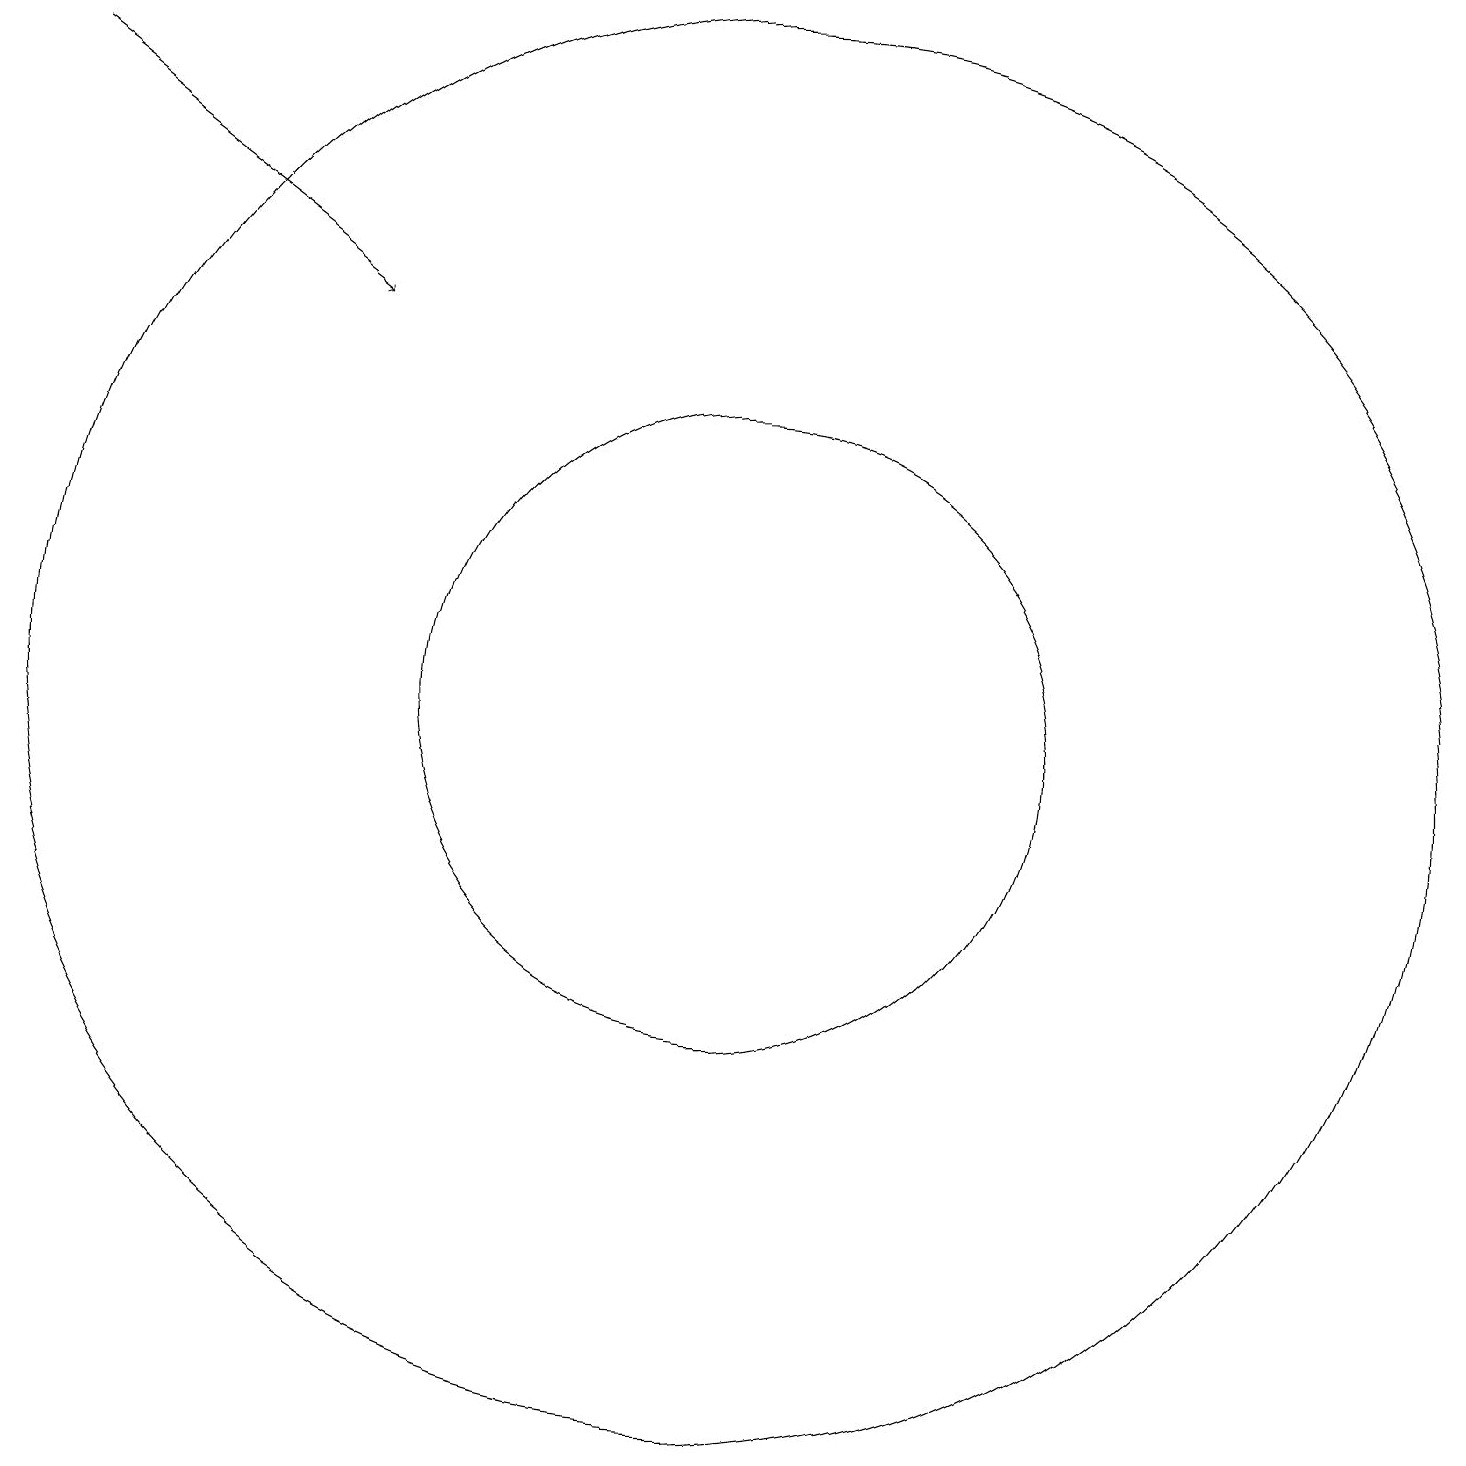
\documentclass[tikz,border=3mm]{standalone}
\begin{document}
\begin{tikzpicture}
\draw (11,10) circle (9);
\draw (11,10) circle (4);
\draw[->] (2,18) -- (6,15);
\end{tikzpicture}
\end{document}